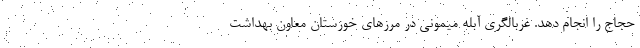
حجاج را انجام دهد. غربالگری آبله میمونی در مرزهای خوزستان معاون بهداشت